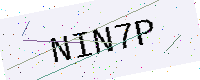
Text: NIN7P